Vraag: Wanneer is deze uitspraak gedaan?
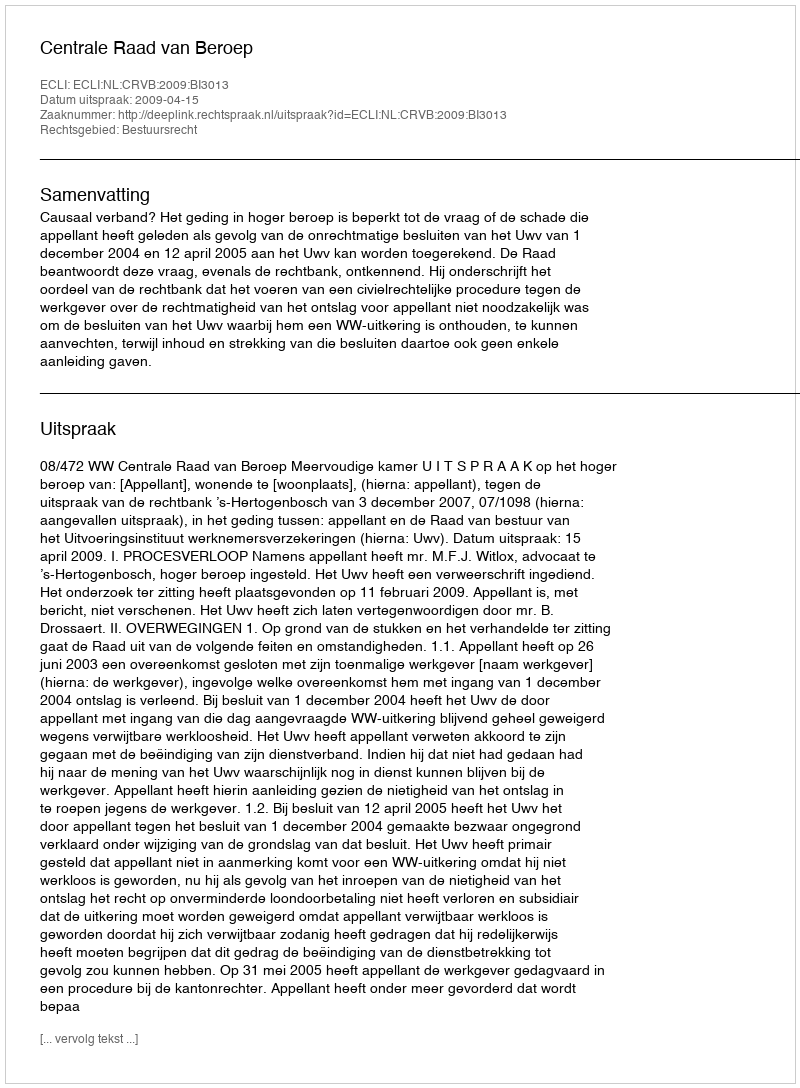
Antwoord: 2009-04-15